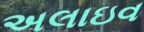
અલાઇવ